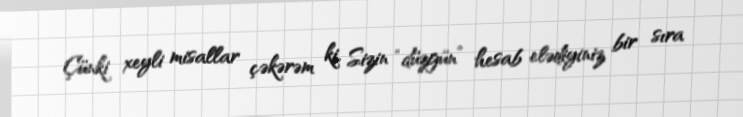
Çünki xeyli misallar çəkərəm ki, Sizin “düzgün” hesab elədiyiniz bir sıra